Lunatic asylums Bombay report 1878-1890 - 1878-1890
Year: 1878
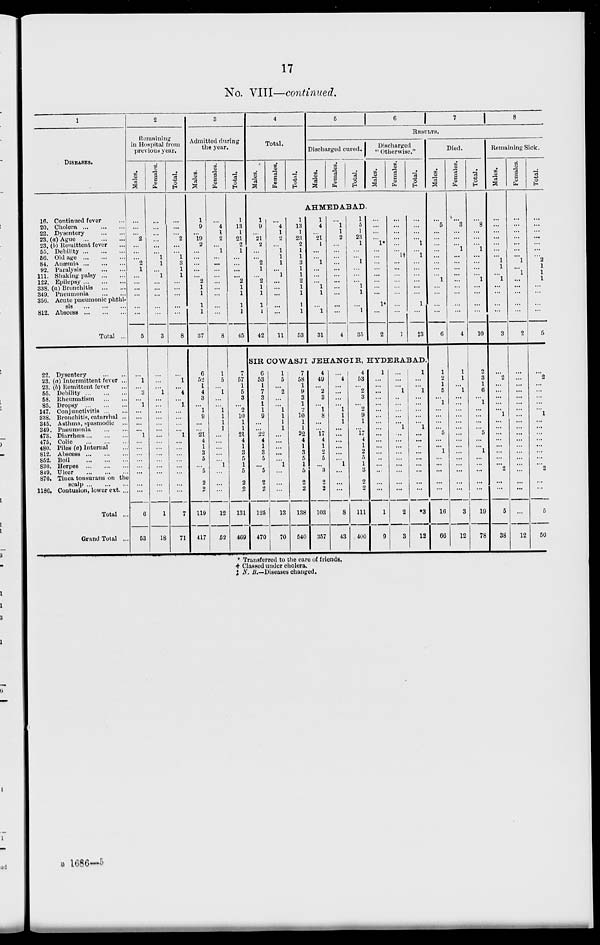
17
No. VIII—continued.
1
DISEASES.
16.
20.
22.
23.
23.
55.
56.
84.
92.
111.
122.
338.
349.
356.
812.
Continued fever ...
Cholera
...
...
...
Dysentery
...
...
(a) Ague
...
...
...
(b) Remittent fever ...
Debility
...
...
...
Old age
...
...
...
Anæmia
...
...
...
Paralysis
...
...
Shaking palsy
...
...
Epilepsy
...
...
...
(a) Bronchitis
...
...
Pneumonia
...
...
Acute pneumonic phthi-
sis
...
...
...
Abscess
...
...
...
Total ...
22.
23.
23.
55.
58.
85.
147.
338.
345.
349.
473.
475,
480.
812.
852.
830.
849.
870.
1186.
Dysentery
...
...
(a) Intermittent fever ...
(b) Remittent fever ...
Debility
...
...
...
Rheumatism
...
...
Dropsy
...
...
...
Conjunctivitis
...
...
Bronchitis, catarrhal ...
Asthma, spasmodic ...
Pneumonia
...
...
Diarrhœa
...
...
...
Colic
...
...
...
Piles (a) Internal ...
Abscess
...
...
...
Boil
...
...
...
Herpes
...
...
...
Ulcer
...
...
...
Tinea tonsurans on the
scalp
...
...
...
Contusion, lower ext....
Total ...
Grand Total ...
2
Remaining
in Hospital from
previous year.
Males.
...
...
...
2
...
...
...
2
1
...
...
...
...
...
...
5
...
1
...
3
...
1
...
...
...
...
1
...
...
...
...
...
...
...
...
6
53
Females.
...
...
...
...
...
...
1
1
...
1
...
...
...
...
...
3
...
...
...
1
...
...
...
...
...
...
...
...
...
...
...
...
...
...
...
1
18
Total.
...
...
...
2
...
...
1
3
1
1
...
...
...
...
...
8
...
1
...
4
...
1
...
...
...
...
1
...
...
...
...
...
...
...
...
7
71
3
Admitted during
the year.
Males.
1
9
...
19
2
...
...
...
...
...
2
1
1
1
1
37
6
52
1
4
3
...
1
9
...
...
21
4
1
3
5
...
5
2
2
119
417
Females.
...
4
1
2
...
1
...
...
...
...
...
...
...
...
...
8
1
5
...
1
...
...
1
1
1
1
...
...
...
...
...
1
...
...
...
12
52
Total.
1
13
1
21
2
1
...
...
...
...
2
1
1
1
1
45
7
57
1
5
3
...
2
10
1
1
21
4
1
3
5
1
5
2
2
131
469
4
Total.
Males.
Females.
Total.
5
6
7
8
RESULTS.
Discharged cured.
Males.
Females.
Total.
Discharged
" Otherwise."
Males.
Females.
Total.
AHMEDABAD.
1
9
...
21
2
...
...
2
1
...
2
1
1
1
1
42
...
4
1
9
1
1
1
...
1
...
...
...
...
...
11
1
13
1
23
2
1
1
3
1
1
2
1
1
1
1
53
1
4
...
21
1
...
...
1
...
...
...
1
1
...
1
31
...
1
1
2
...
...
...
...
...
...
...
...
...
...
...
4
1
5
1
23
1
...
...
1
...
...
...
1
1
...
1
35
...
...
...
...
1
...
...
...
...
...
...
...
...
1
...
2
...
...
...
...
...
...
1†
...
...
...
...
...
...
...
...
1
...
...
...
...
1
...
1
...
...
...
...
...
...
1
...
‡3
SIR COWASJI JEHANGIR, HYDERABAD.
6
53
1
7
3
1
1
9
...
...
22
4
1
3
5
...
5
2
2
125
470
1
5
...
2
...
...
1
1
1
1
...
...
...
...
...
1
...
...
...
13
70
7
58
1
9
3
1
...
10
1
1
22
4
1
3
5
1
5
2
2
138
540
4
49
...
2
3
...
1
8
...
...
17
4
1
2
5
...
3
2
2
103
357
...
4
...
...
...
...
1
1
1
...
...
...
...
...
...
1
...
...
...
8
43
4
53
...
2
3
...
2
9
1
...
17
4
1
2
5
1
3
2
2
111
400
1
...
...
...
...
...
...
...
...
...
...
...
...
...
...
...
...
...
...
1
9
...
...
...
1
...
...
...
...
...
1
...
...
...
...
...
...
...
...
...
2
3
1
...
...
1
...
...
...
...
...
1
...
...
...
...
...
...
...
...
...
*3
12
Died.
Males.
...
5
...
...
...
...
...
...
...
...
1
...
...
...
...
1
1
2
1
5
...
1
...
...
...
...
5
...
...
1
...
...
...
...
...
16
66
Females.
...
3
...
...
...
1
...
...
...
...
...
...
...
...
...
4
1
1
...
1
...
...
...
...
...
...
...
...
...
...
...
...
...
...
...
3
12
Total.
...
8
...
...
...
1
...
...
...
...
1
...
...
...
...
10
2
3
1
6
...
1
...
...
...
...
5
...
...
1
...
...
...
...
...
19
78
Remaining Sick.
Males.
...
...
...
...
...
...
...
1
1
...
1
...
...
...
...
3
...
2
...
...
...
...
...
1
...
...
...
...
...
...
...
...
2
...
...
5
38
Females.
...
...
...
...
...
...
...
1
...
1
...
...
...
...
...
2
...
...
...
...
...
...
...
...
...
...
...
...
...
...
...
...
...
...
...
...
12
Total.
...
...
...
...
...
...
...
2
1
1
1
...
...
...
...
5
...
2
...
...
...
...
...
1
...
...
...
...
...
...
...
...
2
...
...
5
50
* Transferred to the care of friends.
† Classed under cholera.
‡ N. B.—Diseases changed.
B 1686—5